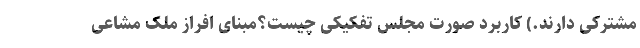
مشترکی دارند.) کاربرد صورت مجلس تفکیکی چیست؟مبنای افراز ملک مشاعی